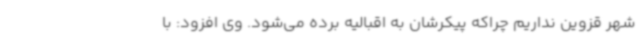
شهر قزوین نداریم چراکه پیکرشان به اقبالیه برده می‌شود. وی افزود: با